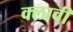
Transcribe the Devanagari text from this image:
क्लावी